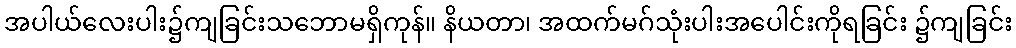
အပါယ်လေးပါး၌ကျခြင်းသဘောမရှိကုန်။ နိယတာ၊ အထက်မဂ်သုံးပါးအပေါင်းကိုရခြင်း ၌ကျခြင်း